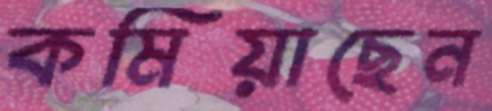
কমিয়াছেন